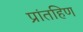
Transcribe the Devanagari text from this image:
प्रांतहिण